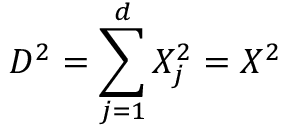
D ^ { 2 } = \sum _ { j = 1 } ^ { d } X _ { j } ^ { 2 } = X ^ { 2 }